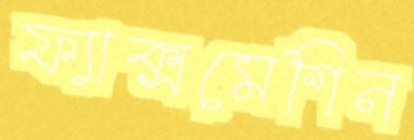
ফ্যাক্সমেশিন